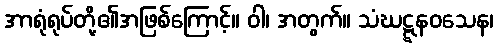
အာရုံရုပ်တို့၏အဖြစ်ကြောင့်။ ဝါ၊ အတွက်။ သံဃဋ္ဋနဝသေန၊